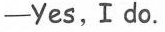
-Yes,Ido.